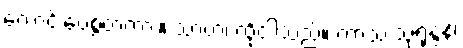
ကောင်းပေစွတကား။ သာဟံ၊ ထိုငါသည်။ ကာသိံ သုရုန္ဒနံ၊